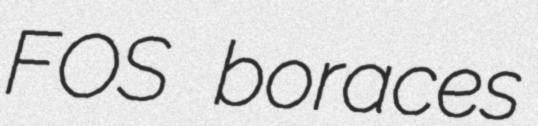
FOS boraces